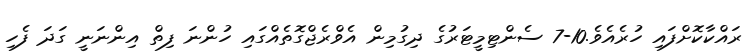
ރައްކާކޮށްފައި ހުރެއެވެެ.10-7 ސެންޓިމީޓަރުގެ ދިގުމިން އެވްރެޖްގޮތެއްގައި ހުންނަ ފިތް އިންނަނީ ގަދަ ފެހި